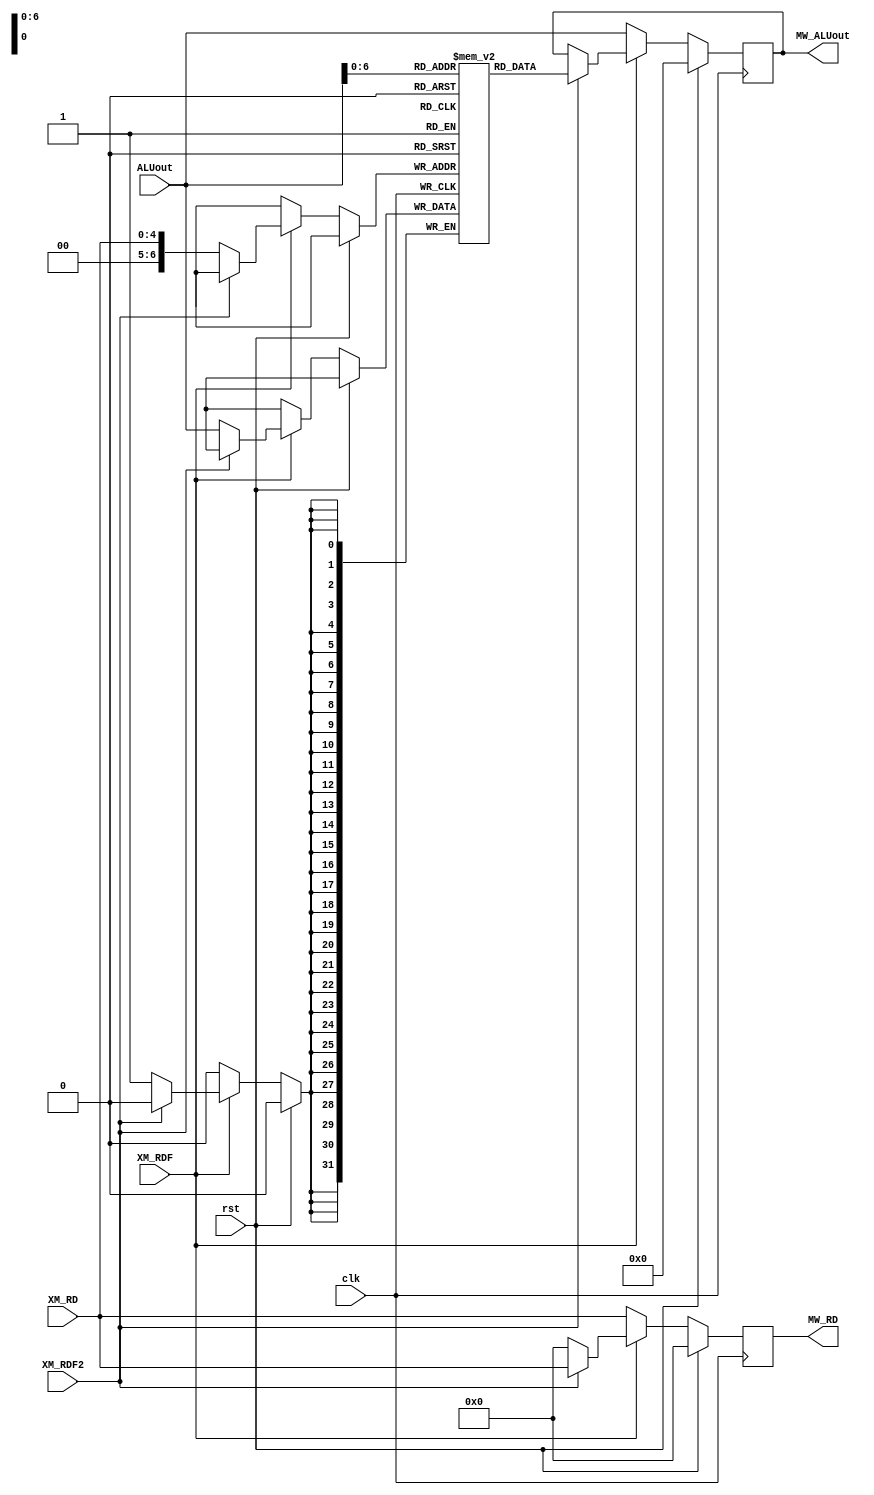
`timescale 1ns/1ps

module MEMORY(
	clk,
	rst,
	ALUout, 	// ALU result from EXECUTION.v address or value to write to XM_RD
	XM_RD,  	// RD From INSTRUCTION_DECODE.v(ID)  address to write back
	XM_RDF,    	// one bit flag controling read DM or not
	XM_RDF2,
	
	
	MW_ALUout, 	// Final ALUout to write back to INSTRUCTION_DECODE.v(WB)
	MW_RD 		// Final RD to write back to INSTRUCTION_DECODE.v(WB)
);
input clk, rst, XM_RDF,XM_RDF2;
input [31:0] ALUout;
input [4:0] XM_RD;


output reg [31:0] MW_ALUout;
output reg [4:0] MW_RD;
reg MW_RDF,MW_RDF2;

//data memory
reg [31:0] DM [0:127];
//reg MW_RDFlagReg; // reg stores flag controling read_DM or not

//send to Dst REG: "load word from data memory" or  "ALUout"
always @(posedge clk)
begin
  if(rst)
    begin
	  MW_ALUout	<=	32'b0;
	  MW_RD		<=	5'b0;

	  MW_RDF    <=  XM_RDF;
	  MW_RDF2    <=  XM_RDF2;
	 
	end
  else
    begin
      MW_RDF    <=  XM_RDF;      	
    	if(XM_RDF) begin // lw & sw    		
    		if(XM_RDF2) begin // lw
    			MW_ALUout <= DM[ALUout[31:0]];
    			MW_RD <= XM_RD;   				
    		end
    		else begin // sw
    			DM[XM_RD] <= ALUout[31:0];
    			MW_RD <= 0;   				
    		end
    	end
    	else begin
    		MW_ALUout	<=	ALUout;
	  		MW_RD		<=	XM_RD;
		end		
    end
end

endmodule